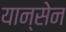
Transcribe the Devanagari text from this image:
यान्सेन